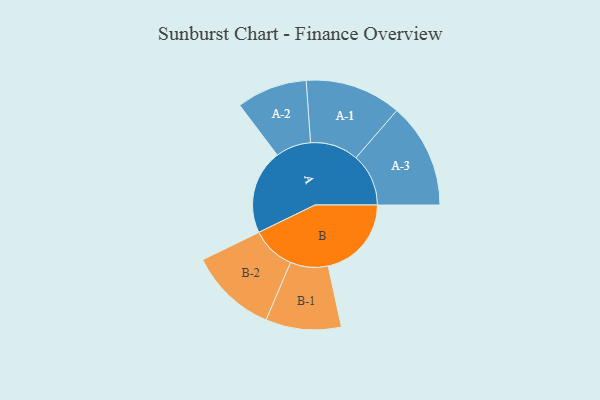
{"axis": {"x": "Segment", "y": "Value"}, "legend": ["", "A", "B"], "data": [{"x": "A", "y": 416, "type": ""}, {"x": "B", "y": 410, "type": ""}, {"x": "A-1", "y": 237, "type": "A"}, {"x": "A-2", "y": 174, "type": "A"}, {"x": "A-3", "y": 259, "type": "A"}, {"x": "B-1", "y": 186, "type": "B"}, {"x": "B-2", "y": 216, "type": "B"}]}